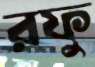
রফু